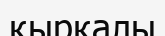
қырқалы